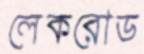
লেকরোড